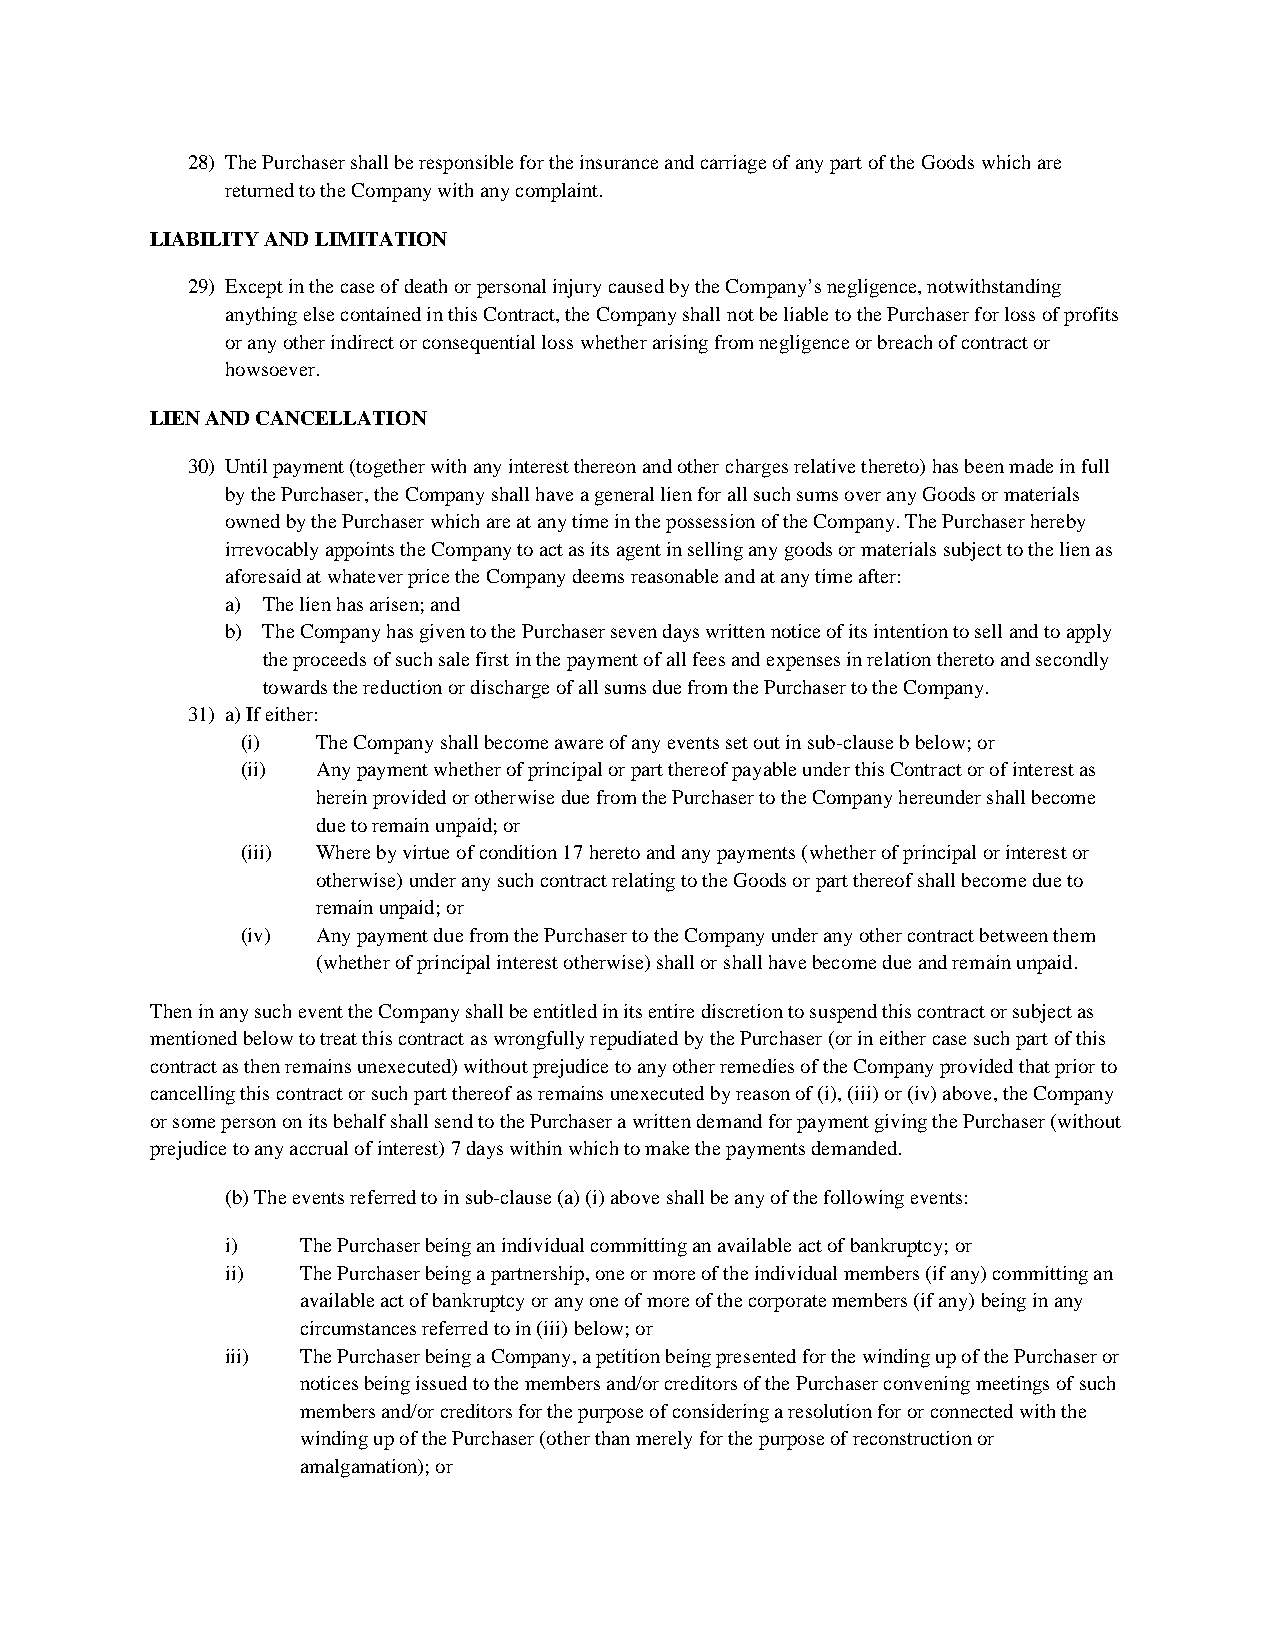
28) The Purchaser shall be responsible for the insurance and carriage of any part of the Goods which are
 returned to the Company with any complaint.
 LIABILITY AND LIMITATION
 29) Except in the case of death or personal injury caused by the Company’s negligence, notwithstanding
 anythingelse contained in this Contract, the Company shall not be liable to the Purchaser for loss of profits
 or any other indirector consequential loss whether arising from negligence or breach of contract or
 howsoever.
 LIEN AND CANCELLATION
 30) Until payment (together with any interest thereon and other charges relative thereto) has been made in full
 by the Purchaser, the Company shall have a general lien for all such sums over any Goods or materials
 owned by the Purchaser which are at any time in the possession ofthe Company. The Purchaser hereby
 irrevocably appoints the Company to act as its agent in selling any goods or materials subject to the lien as
 aforesaid at whatever price the Company deems reasonable and at any time after:
 a) The lien has arisen; and
 b) The Company has given to the Purchaser seven days written notice of its intention to sell and to apply
 the proceeds of such sale first in the payment of all fees and expenses in relation thereto and secondly
 towards the reduction or discharge of all sums due from the Purchaser to the Company.
 31) a)If either:
 (i)  The Company shall become aware of any events set out in sub-clause bbelow; or
 (ii) Any payment whether of principal or part thereof payable under this Contract or of interest as
 herein provided or otherwise due from the Purchaser to the Company hereunder shall become
 due to remain unpaid; or
 (iii) Where by virtue of condition 17 hereto and any payments (whether of principal or interest or
 otherwise) under any such contract relating to the Goods or part thereof shall become due to
 remain unpaid; or
 (iv) Any payment due from the Purchaser to the Company under any other contract between them
 (whether of principal interest otherwise) shall or shall have become due and remain unpaid.
 Then in any such event the Company shall be entitled in its entire discretion to suspend this contract or subject as
 mentioned below to treat this contract as wrongfully repudiated by the Purchaser (or in either case such part of this
 contract as then remains unexecuted) without prejudice to any otherremedies of the Company provided that prior to
 cancelling this contract or such part thereof as remains unexecuted by reason of (i), (iii) or (iv) above, the Company
 or some person on its behalf shall send to the Purchaser a written demand for payment giving the Purchaser (without
 prejudice to any accrual of interest) 7 days within which to make the payments demanded.
 (b)The events referred to in sub-clause (a) (i) above shall be any of the following events:
 i)   The Purchaser being an individual committing anavailable act of bankruptcy; or
 ii)  The Purchaser being a partnership, one or more of the individual members (if any) committing an
 available act of bankruptcy or any one of more of the corporate members (if any) being in any
 circumstances referred to in (iii) below; or
 iii) The Purchaser being a Company, a petition being presented for the winding up of the Purchaser or
 notices being issued to the members and/or creditors of the Purchaser convening meetings of such
 members and/or creditors for the purpose of considering a resolution for or connected with the
 winding up of the Purchaser (other than merely for the purpose of reconstruction or
 amalgamation); or